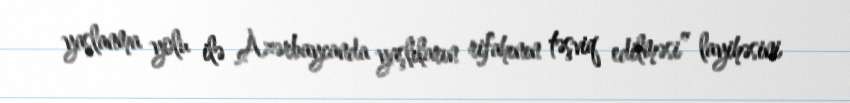
yaşlanma yolu ilə Azərbaycanda yaşlıların rifahının təşviq edilməsi” layihəsini